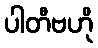
ပါတီဗဟို